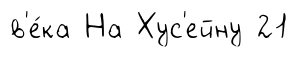
в'е́ка На Хус'ейну 21